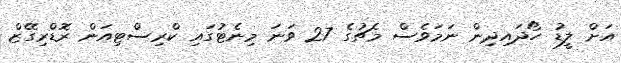
އަށް ލީޑު ހޯދައިދިން ނަމަވެސް މެޗުގެ 27 ވަނަ މިނެޓުގައި ކްރިސްޓިއަން ރޮޑްރިގޭޒް